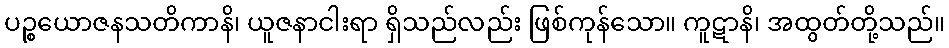
ပဉ္စယောဇနသတိကာနိ၊ ယူဇနာငါးရာ ရှိသည်လည်း ဖြစ်ကုန်သော။ ကူဋာနိ၊ အထွတ်တို့သည်။